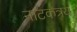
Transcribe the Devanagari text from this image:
नाटकत्रय